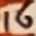
Text: 16